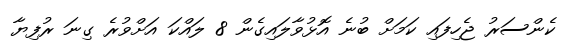
ކެންސަރު ޖެހިފައި ކަމަށް ބުނެ އޮޅުވާލައިގެން 8 ލައްކަ އަށްވުރެ ގިނަ ރުފިޔާ